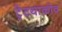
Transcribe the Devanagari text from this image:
ट्रेटयाकोव